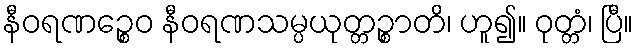
နီဝရဏဉ္စေဝ နီဝရဏသမ္ပယုတ္တဉ္စာတိ၊ ဟူ၍။ ဝုတ္တံ၊ ပြီ။